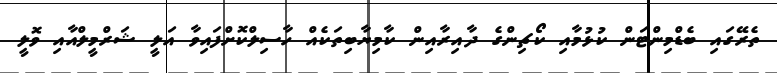
ތެރޭގައި ބެޑްމިންޓަން ކުޅުމާއި ކޯޗިންގެ ދާއިރާއިން ކާމިޔާބިތަކެއް ހާސިލްކޮށްފައިވާ އަލީ ޝަރްމީލްއާއި ވޮލީ